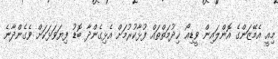
މިއީ އެމޭޒަންގެ އޮންލައިން ވީޑިއޯ ޚިދުމަތްތައް ފުޅާކުރުމަށް އެޅިގެންދާ ބޮޑު ފިޔަވަޅަކަށް ވެގެންދާނެ